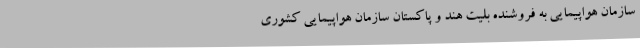
سازمان هواپیمایی به فروشنده بلیت هند و پاکستان سازمان هواپیمایی کشوری